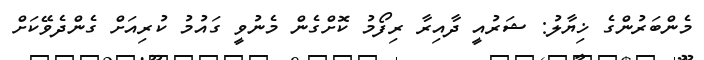
މެންބަރުންގެ ޚިޔާލު: ޝަރުއީ ދާއިރާ ރިފޯމު ކޮށްގެން މެނުވީ ގައުމު ކުރިއަށް ގެންދެވޭކަށް